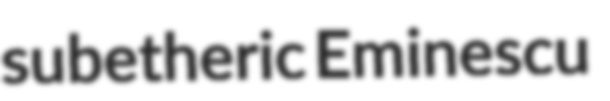
subetheric Eminescu